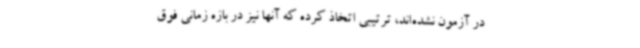
در آزمون نشده‌اند، ترتیبی اتخاذ کرده که آنها نیز در بازه زمانی فوق